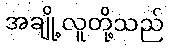
အချို့လူတို့သည်